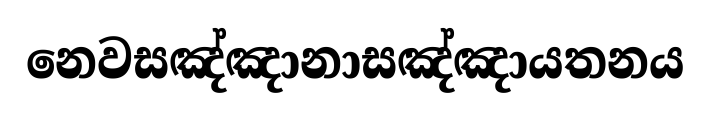
නෙවසඤ්ඤානාසඤ්ඤායතනය